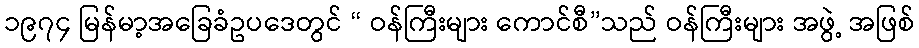
၁၉၇၄ မြန်မာ့အခြေခံဥပဒေတွင် “ ဝန်ကြီးများ ကောင်စီ”သည် ဝန်ကြီးများ အဖွဲ့ အဖြစ်